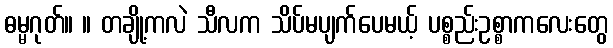
ဓမ္မဂုတ်။ ။ တချို့ကလဲ သီလက သိပ်မပျက်ပေမယ့် ပစ္စည်းဥစ္စာကလေးတွေ